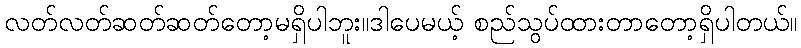
လတ်လတ်ဆတ်ဆတ်တော့မရှိပါဘူး။ဒါပေမယ့် စည်သွပ်ထားတာတော့ရှိပါတယ်။